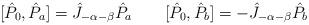
LaTeX: \begin{align*}[\hat{P}_0,\hat{P}_a]=\hat{J}_{-\alpha-\beta} \hat{P}_a \qquad[\hat{P}_0,\hat{P}_b]=-\hat{J}_{-\alpha-\beta} \hat{P}_b\end{align*}